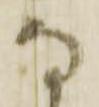
な